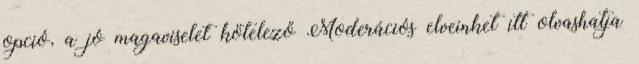
opció, a jó magaviselet kötelező Moderációs elveinket itt olvashatja